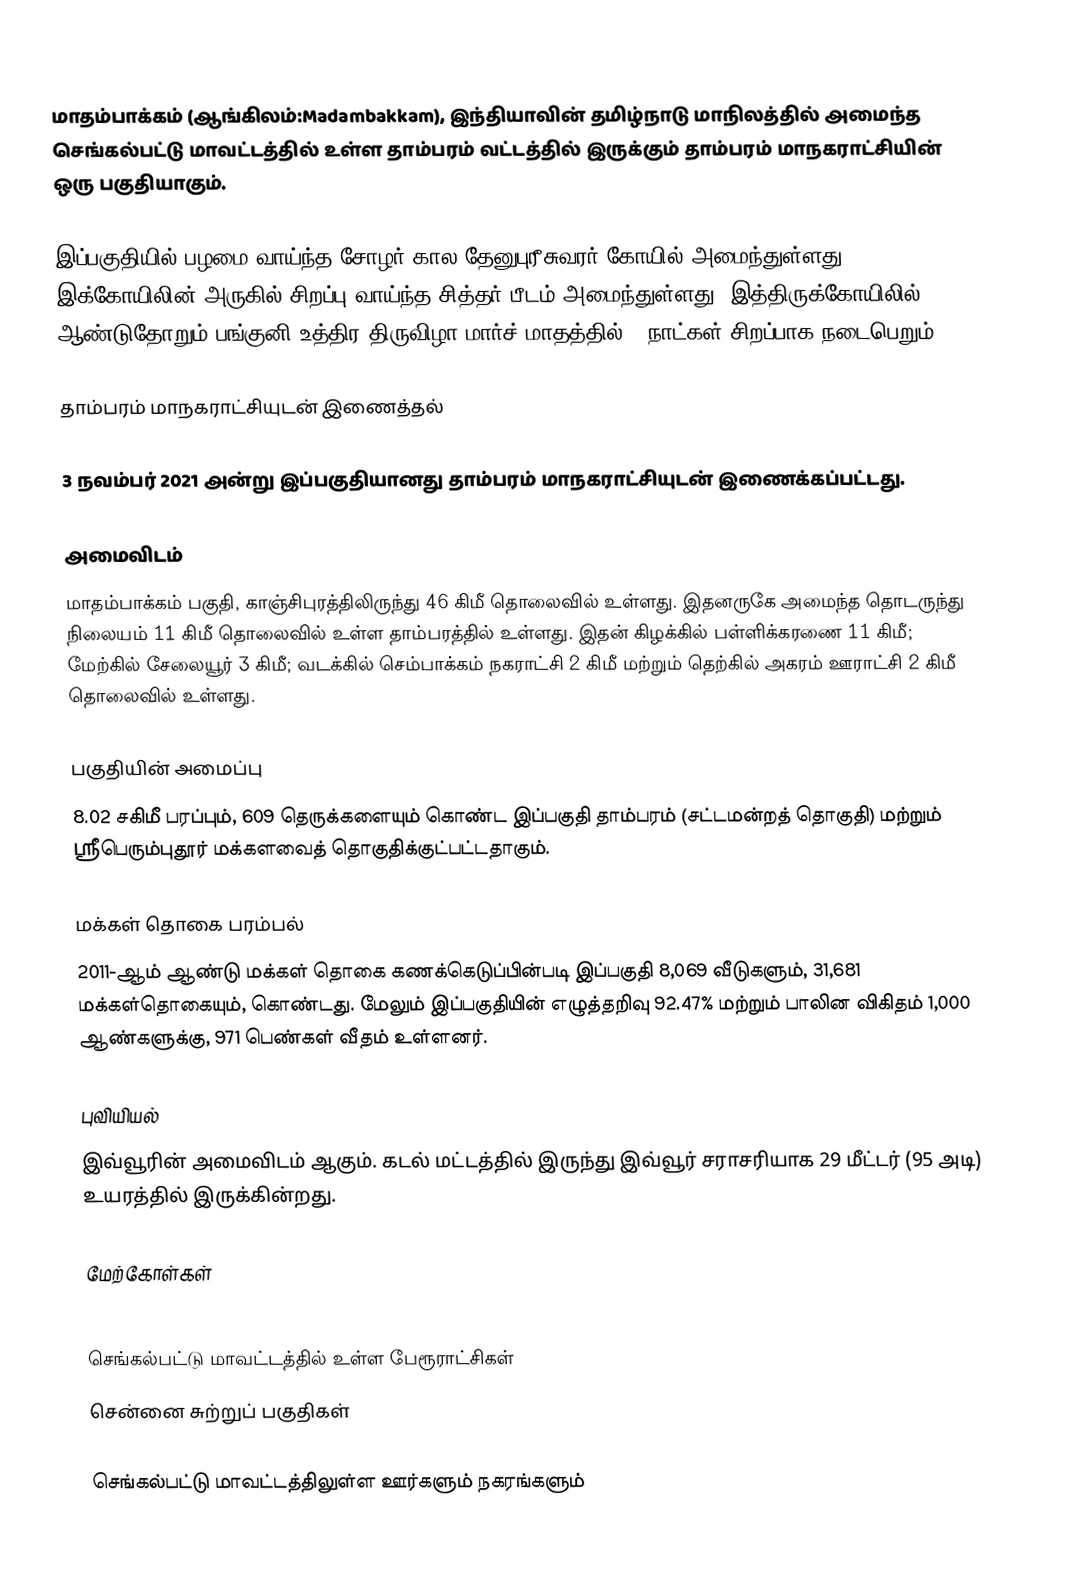
மாதம்பாக்கம் (ஆங்கிலம்:Madambakkam), இந்தியாவின் தமிழ்நாடு மாநிலத்தில் அமைந்த செங்கல்பட்டு  மாவட்டத்தில் உள்ள தாம்பரம் வட்டத்தில் இருக்கும் தாம்பரம் மாநகராட்சியின் ஒரு பகுதியாகும்.

இப்பகுதியில் பழமை வாய்ந்த சோழர் கால தேனுபுரீசுவரர் கோயில் அமைந்துள்ளது. இக்கோயிலின் அருகில் சிறப்பு வாய்ந்த சித்தர் பீடம் அமைந்துள்ளது. இத்திருக்கோயிலில் ஆண்டுதோறும் பங்குனி உத்திர திருவிழா மார்ச் மாதத்தில் 3 நாட்கள் சிறப்பாக நடைபெறும்.

தாம்பரம் மாநகராட்சியுடன் இணைத்தல்

3 நவம்பர் 2021 அன்று இப்பகுதியானது    தாம்பரம் மாநகராட்சியுடன் இணைக்கப்பட்டது.

அமைவிடம்
மாதம்பாக்கம் பகுதி, காஞ்சிபுரத்திலிருந்து 46 கிமீ தொலைவில் உள்ளது. இதனருகே அமைந்த தொடருந்து நிலையம் 11 கிமீ தொலைவில் உள்ள தாம்பரத்தில் உள்ளது. இதன் கிழக்கில் பள்ளிக்கரணை 11 கிமீ; மேற்கில் சேலையூர் 3 கிமீ; வடக்கில் செம்பாக்கம் நகராட்சி 2 கிமீ மற்றும் தெற்கில் அகரம் ஊராட்சி 2 கிமீ தொலைவில் உள்ளது.

பகுதியின் அமைப்பு
8.02 சகிமீ பரப்பும்,    609 தெருக்களையும்  கொண்ட இப்பகுதி தாம்பரம்  (சட்டமன்றத் தொகுதி)  மற்றும் ஸ்ரீபெரும்புதூர் மக்களவைத் தொகுதிக்குட்பட்டதாகும்.

மக்கள் தொகை பரம்பல்
2011-ஆம் ஆண்டு மக்கள் தொகை கணக்கெடுப்பின்படி   இப்பகுதி 8,069 வீடுகளும், 31,681 மக்கள்தொகையும், கொண்டது. மேலும் இப்பகுதியின் எழுத்தறிவு 92.47%  மற்றும்  பாலின விகிதம் 1,000 ஆண்களுக்கு, 971 பெண்கள் வீதம் உள்ளனர்.

புவியியல்
இவ்வூரின் அமைவிடம்  ஆகும். கடல் மட்டத்தில் இருந்து இவ்வூர் சராசரியாக 29 மீட்டர் (95 அடி) உயரத்தில் இருக்கின்றது.

மேற்கோள்கள்

செங்கல்பட்டு மாவட்டத்தில் உள்ள பேரூராட்சிகள்
சென்னை சுற்றுப் பகுதிகள்

செங்கல்பட்டு மாவட்டத்திலுள்ள ஊர்களும் நகரங்களும்